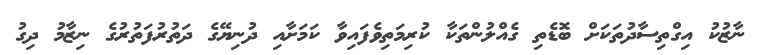
ނާޒުކު އިގްތިސާދުތަކަށް ބޮޑެތި ގެއްލުންތަކާ ކުރިމަތިވެފައިވާ ކަމަށާއި ދުނިޔޭގެ ދަތުރުފަތުރުގެ ނިޒާމު ދިގު